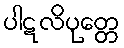
ပါဋလိပုတ္တေ